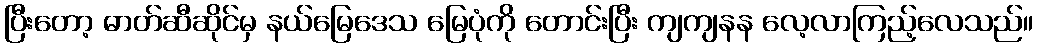
ပြီးတော့ ဓာတ်ဆီဆိုင်မှ နယ်မြေဒေသ မြေပုံကို တောင်းပြီး ကျကျနန လေ့လာကြည့်လေသည်။